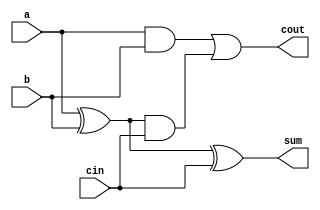
module FA(a,b,cin,cout,sum);
input a,b,cin;
output cout,sum;

assign sum = a ^ b ^ cin;
assign cout = (a & b) | ((a ^ b) & cin);  

endmodule

module RCA  (A,B,C_in,C_out, SUM);
   parameter n = 4;
   input [n-1:0] A, B;
   input C_in;
   output reg[n-1:0] SUM;
   output reg C_out;
   wire[n-1:0] S;
   wire[n:0] carry;

   assign carry[0] = C_in;

   genvar i;

   for (i = 0; i < n; i = i + 1) begin
   FA full_adder(A[i], B[i], carry[i], carry[i+1], S[i]);
   end

   always@(*) begin
      C_out = carry[n];
      SUM = S;
   end

endmodule